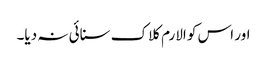
اور اس کو الارم کلاک سنائی نہ دیا۔